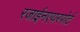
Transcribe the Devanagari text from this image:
रजाईनएयरपोर्ट